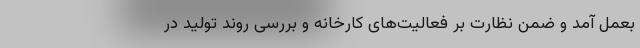
بعمل آمد و ضمن نظارت بر فعالیت‌های کارخانه و بررسی روند تولید در